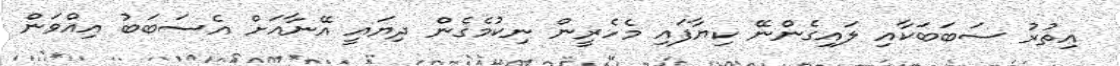
އިތުރު ސަބަބަކާއި ލައިގެންނޭ ކިޔާފައި މެހެރީން ނިކުމެގެން ދިޔައީ އޭނާއަށް އެސަބަބު އިއްވަން